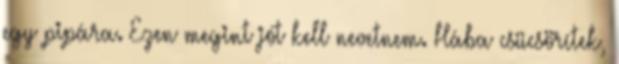
egy pipára. Ezen megint jót kell nevetnem. Hába csücsörítek,